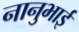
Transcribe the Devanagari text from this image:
नानुभाई